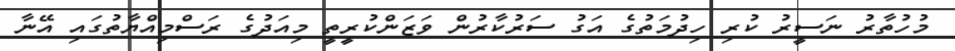
މުހުތާރު ނަސީރު ކުރި ހިދުމަތުގެ އަގު ސަރުކާރުން ވަޒަންކުރީތީ މިއަދުގެ ރަސްމިއްޔާތުގައި އޭނާ